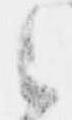
之